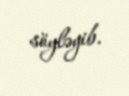
söyləyib.